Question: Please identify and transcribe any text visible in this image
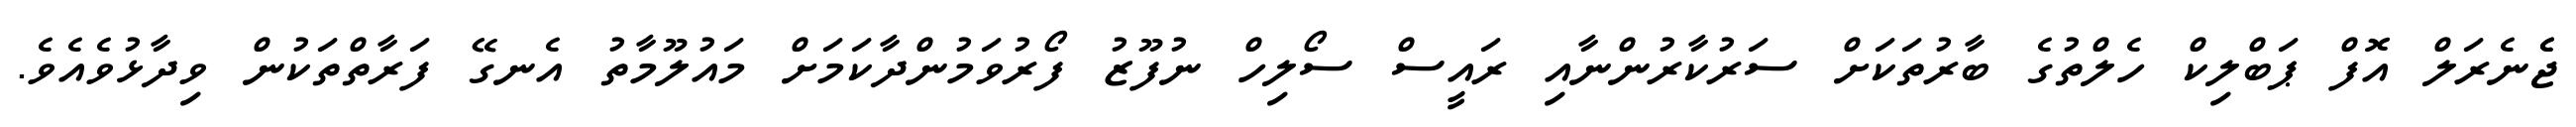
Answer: ޖެެނެރަލް އޮފް ޕަބްލިކް ހެލްތުގެ ބާރުތަކަށް ސަރުކާރުންނާއި ރައީސް ސޯލިހް ނުފޫޒު ފޯރުވަމުންދާކަމަށް މައުލޫމާތު އެނގޭ ފަރާތްތަކުން ވިދާޅުވެއެވެ.